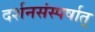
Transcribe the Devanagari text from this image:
दर्शनसंस्पर्षात्